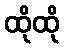
ထိုထို